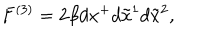
F ^ { ( 3 ) } = 2 \beta d x ^ { + } d \tilde { x } ^ { 1 } d \tilde { x } ^ { 2 } ,